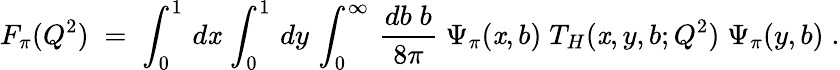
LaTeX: F_{\pi}(Q^{2})\; =\; \int_{0}^{1}\, d\mathit{x}\, \int_{0}^{1}\, dy\, \int_{0}^{\infty}\, {\frac{{db\; b}}{{8\pi}}}\; \Psi_{\pi}(\mathit{x},b)\; T_{H}(\mathit{x},y,b;Q^{2})\; \Psi_{\pi}(y,b)\; .